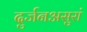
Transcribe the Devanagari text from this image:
दुर्जनअसुरां